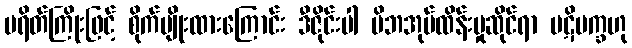
ပရိတ်ကြိုးဖြင့် စိုက်ပျိုးထားကြောင်း ဒီဇိုင်းပါ မိဘအုပ်ထိန်းမှုဆိုင်ရာ ပဋိပက္ခဟု